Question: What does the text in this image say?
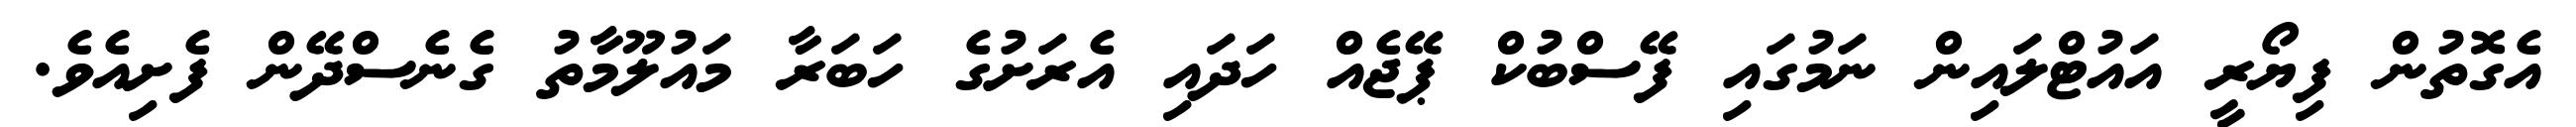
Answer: އެގޮތުން ފިޔޯރީ އައުޓްލައިން ނަމުގައި ފޭސްބުކް ޕޭޖެއް ހަދައި އެރަށުގެ ހަބަރާ މައުލޫމާތު ގެނެސްދޭން ފެށިއެވެ.